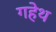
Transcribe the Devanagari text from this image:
गहेथ